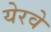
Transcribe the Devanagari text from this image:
येरवे